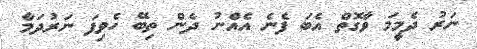
ނަރު ދެމީމަ ވާގޮތް އެބަ ފެނެ އެއްނު ދެން ތިބޭ ހެވިފަ ނަރުދަމާ